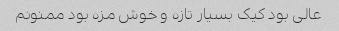
عالی بود کیک بسیار تازه و خوش مزه بود ممنونم